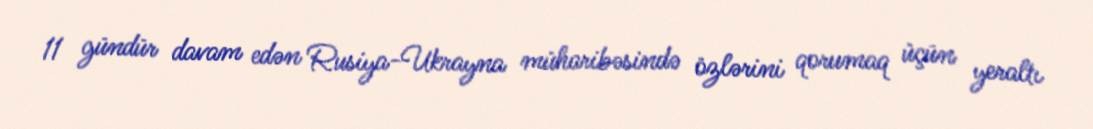
11 gündür davam edən Rusiya-Ukrayna müharibəsində özlərini qorumaq üçün yeraltı